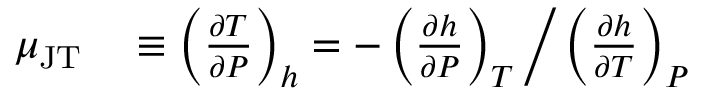
\begin{array} { r l } { \mu _ { \mathrm { J T } } } & { { } \equiv \left( \frac { \partial T } { \partial P } \right) _ { h } = - \left( \frac { \partial h } { \partial P } \right) _ { T } \bigg / \left( \frac { \partial h } { \partial T } \right) _ { P } } \end{array}